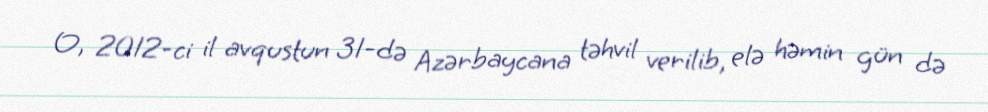
O, 2012-ci il avqustun 31-də Azərbaycana təhvil verilib, elə həmin gün də